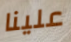
علينا